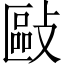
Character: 敺